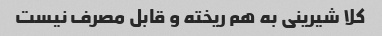
کلا شیرینی به هم ریخته و قابل مصرف نیست